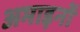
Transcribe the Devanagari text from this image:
अमाइनों